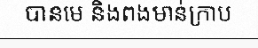
បានមេ និងពងមាន់ក្រាប